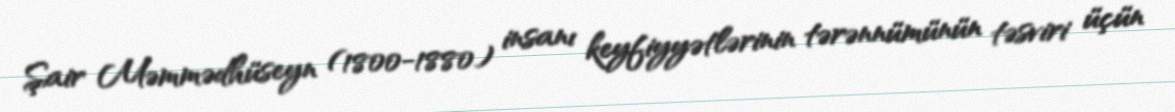
Şair Məmmədhüseyn (1800-1880) insanı keyfiyyətlərinin tərənnümünün təsviri üçün